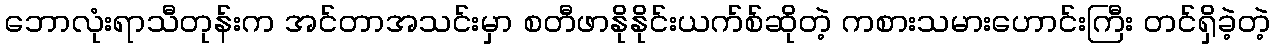
ဘောလုံးရာသီတုန်းက အင်တာအသင်းမှာ စတီဖာနိုနိုင်းယက်စ်ဆိုတဲ့ ကစားသမားဟောင်းကြီး တင်ရှိခဲ့တဲ့